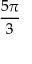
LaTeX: \frac { 5 \pi } { 3 }